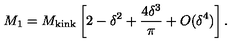
M _ { 1 } = M _ { \mathrm { k i n k } } \left[ 2 - \delta ^ { 2 } + { \frac { 4 \delta ^ { 3 } } { \pi } } + O ( \delta ^ { 4 } ) \right] .